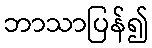
ဘာသာပြန်၍